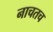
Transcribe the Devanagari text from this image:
नाचतच